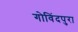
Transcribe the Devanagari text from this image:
गोविंदपुरा